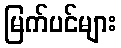
မြက်ပင်များ